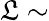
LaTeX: \mathfrak{L}\sim